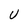
Character: U